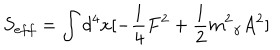
S _ { e f f } = \int { d ^ { 4 } x [ - \frac { 1 } { 4 } F ^ { 2 } + \frac { 1 } { 2 } { m ^ { 2 } } _ { \gamma } A ^ { 2 } ] }